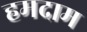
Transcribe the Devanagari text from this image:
हमदाम